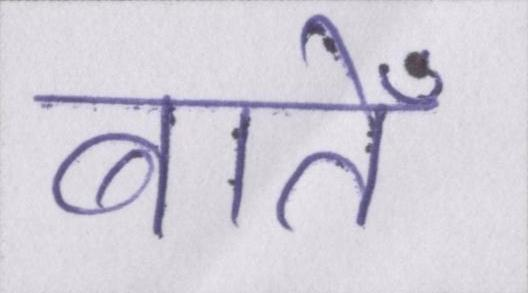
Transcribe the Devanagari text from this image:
बातेँ